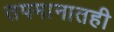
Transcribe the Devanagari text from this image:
तपमानातही